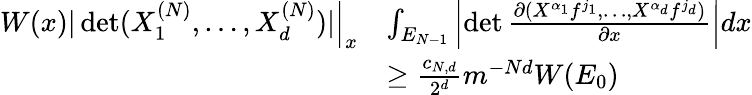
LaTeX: \begin{array}{rl}{W(x)\left.|\operatorname*{det}(X_{1}^{(N)},\ldots,X_{d}^{(N)})|\right|_{x}}&{\int_{E_{N-1}}\left|\operatorname*{det}\frac{\partial(X^{\alpha_{1}}f^{j_{1}},\ldots,X^{\alpha_{d}}f^{j_{d}})}{\partial x}\right|dx}\\ &{\geq\frac{c_{N,d}}{2^{d}}m^{-Nd}W(E_{0})}\end{array}